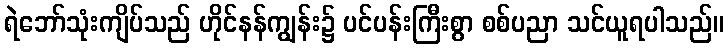
ရဲဘော်သုံးကျိပ်သည် ဟိုင်နန်ကျွန်း၌ ပင်ပန်းကြီးစွာ စစ်ပညာ သင်ယူရပါသည်။